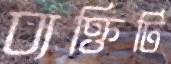
ব্যক্তিটি